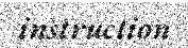
instruction